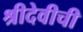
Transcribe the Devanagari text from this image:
श्रीदेवीची